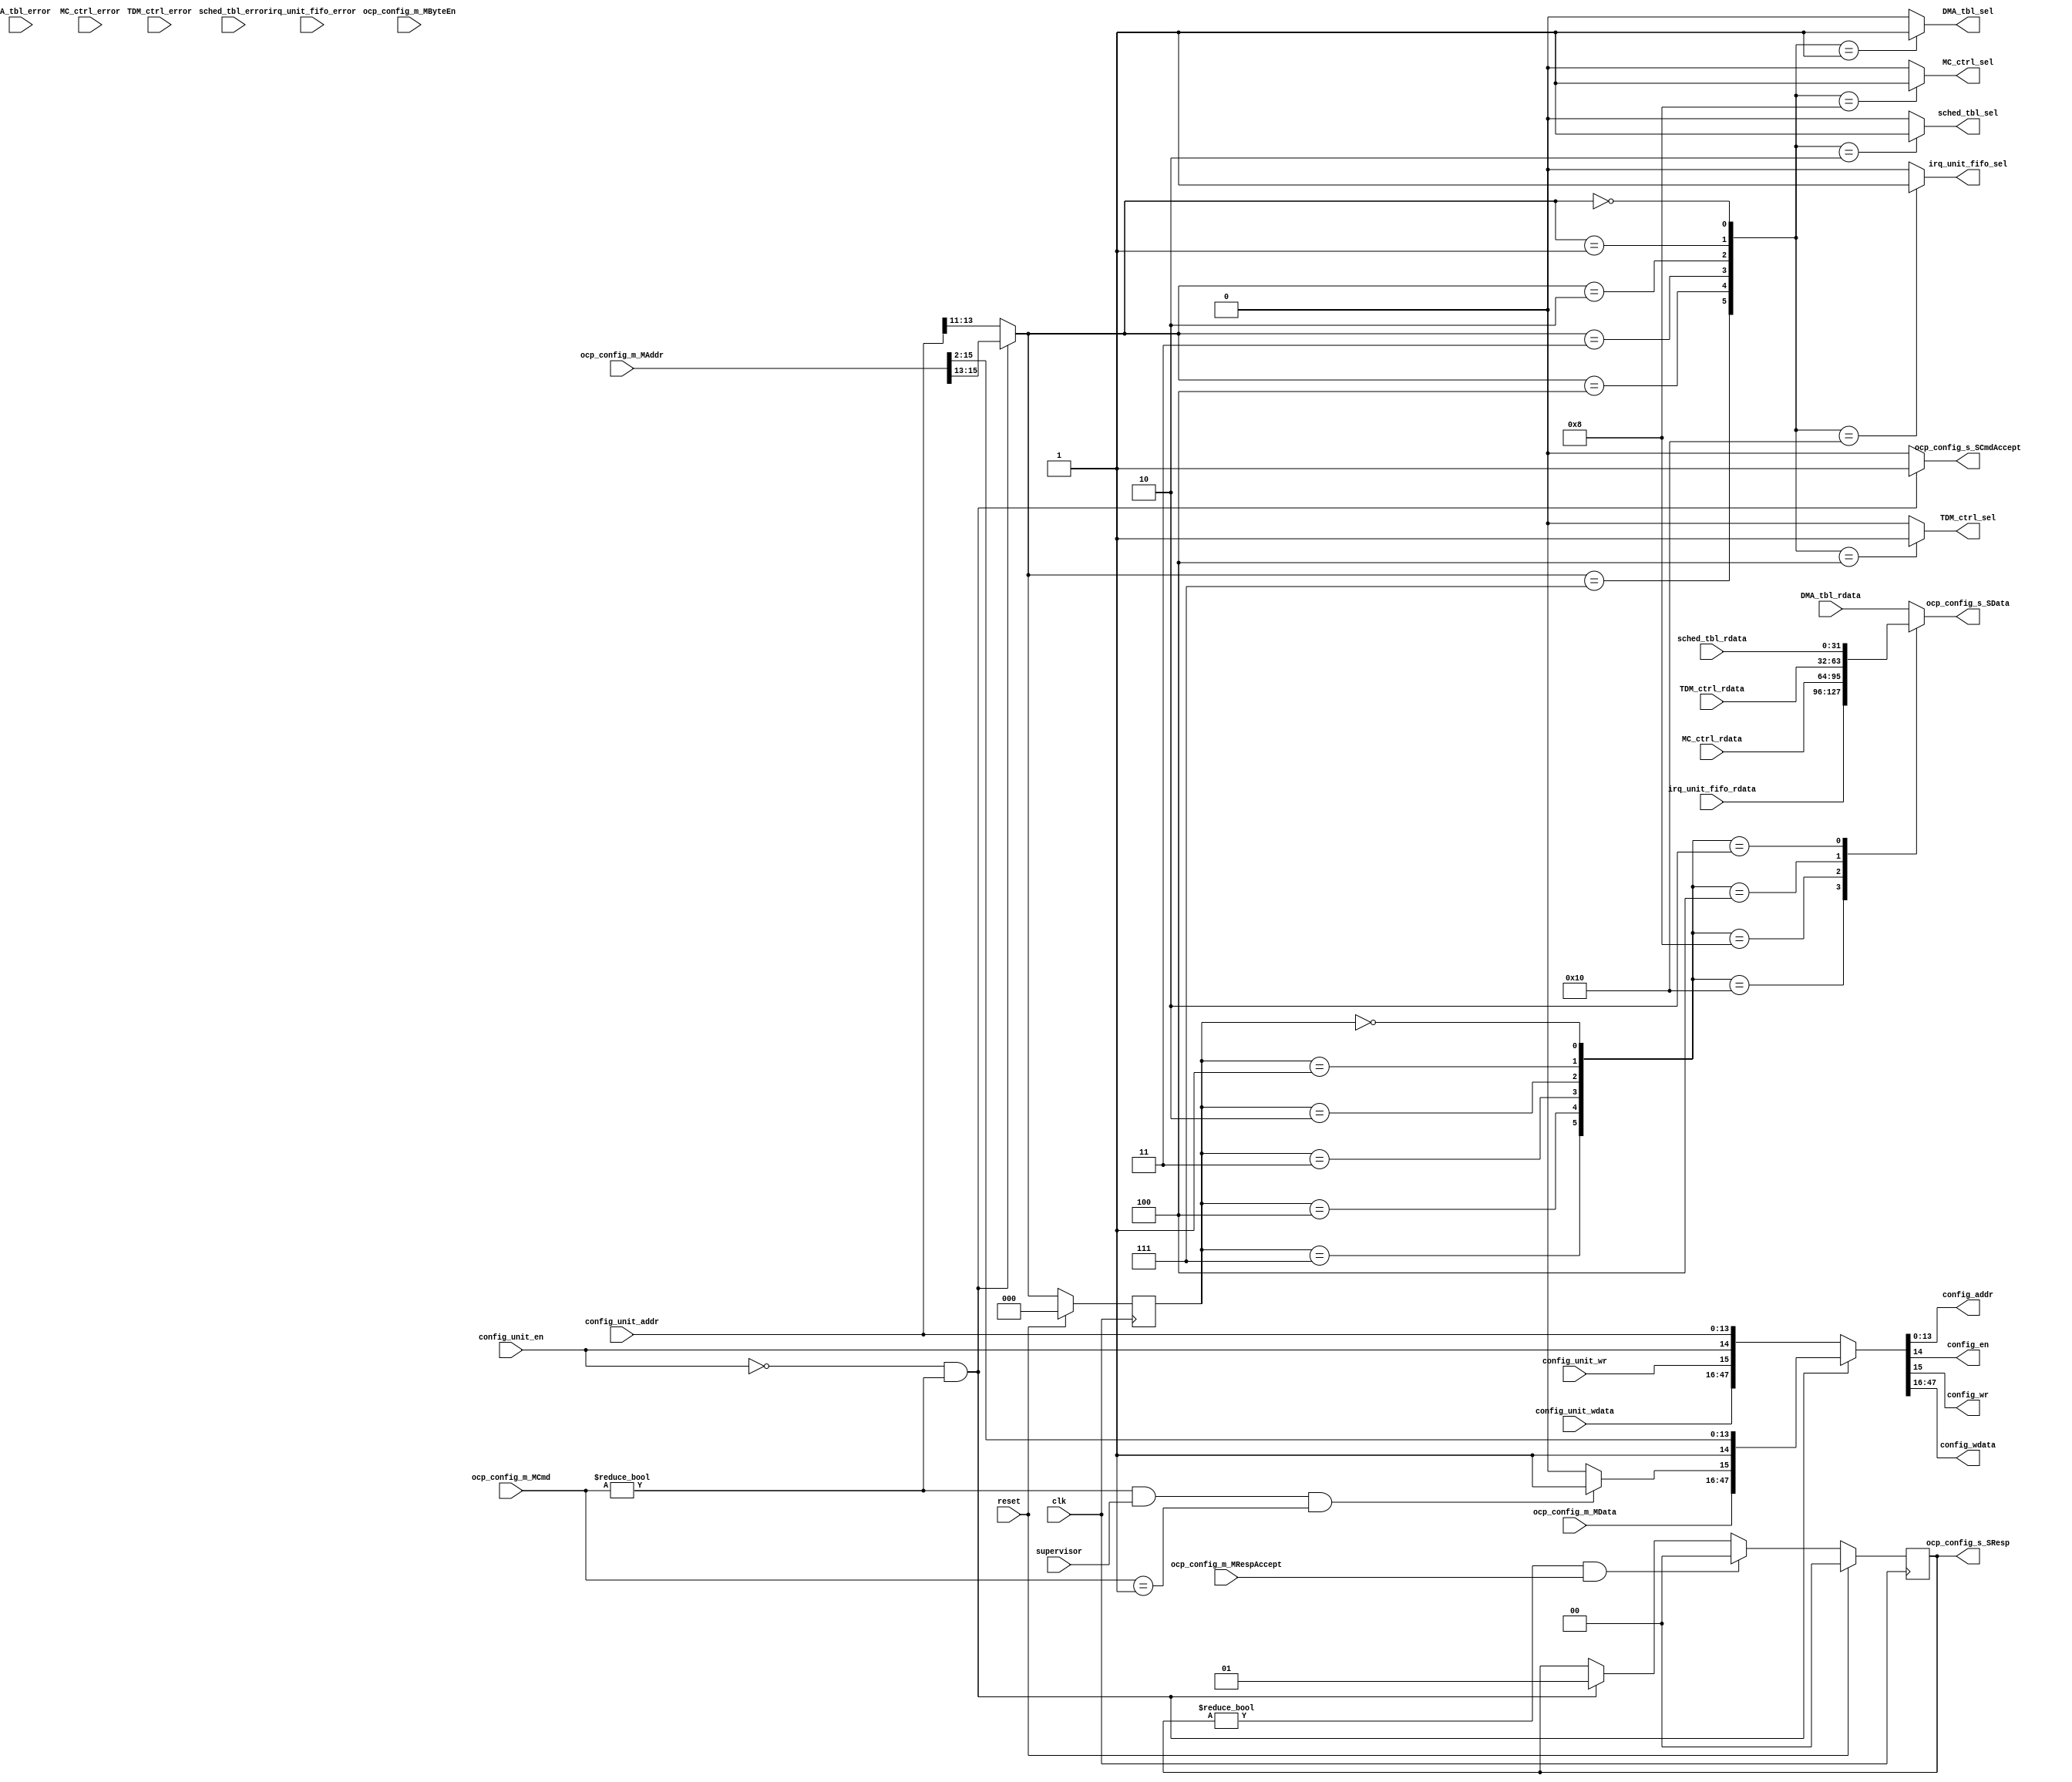
module config_bus
  (input  clk,
   input  reset,
   input  [2:0] ocp_config_m_MCmd,
   input  [31:0] ocp_config_m_MAddr,
   input  [31:0] ocp_config_m_MData,
   input  [3:0] ocp_config_m_MByteEn,
   input  ocp_config_m_MRespAccept,
   input  supervisor,
   input  [13:0] config_unit_addr,
   input  config_unit_en,
   input  config_unit_wr,
   input  [31:0] config_unit_wdata,
   input  [31:0] TDM_ctrl_rdata,
   input  TDM_ctrl_error,
   input  [31:0] sched_tbl_rdata,
   input  sched_tbl_error,
   input  [31:0] DMA_tbl_rdata,
   input  DMA_tbl_error,
   input  [31:0] MC_ctrl_rdata,
   input  MC_ctrl_error,
   input  [31:0] irq_unit_fifo_rdata,
   input  irq_unit_fifo_error,
   output [1:0] ocp_config_s_SResp,
   output [31:0] ocp_config_s_SData,
   output ocp_config_s_SCmdAccept,
   output [13:0] config_addr,
   output config_en,
   output config_wr,
   output [31:0] config_wdata,
   output TDM_ctrl_sel,
   output sched_tbl_sel,
   output DMA_tbl_sel,
   output MC_ctrl_sel,
   output irq_unit_fifo_sel);
  wire [71:0] n0_o;
  wire [1:0] n2_o;
  wire [31:0] n3_o;
  wire n4_o;
  wire [47:0] n5_o;
  wire [13:0] n7_o;
  wire n8_o;
  wire n9_o;
  wire [31:0] n10_o;
  wire [32:0] n11_o;
  wire [32:0] n13_o;
  wire [32:0] n15_o;
  wire [32:0] n17_o;
  wire [32:0] n19_o;
  wire [1:0] next_ocp_resp;
  wire [1:0] ocp_resp_reg;
  wire [2:0] bank_id;
  wire [2:0] prev_bank_id;
  wire [31:0] n22_o;
  wire [2:0] n24_o;
  wire [13:0] n25_o;
  wire n26_o;
  wire n27_o;
  wire [31:0] n28_o;
  wire n29_o;
  wire n30_o;
  wire [2:0] n31_o;
  wire n33_o;
  wire n34_o;
  wire [31:0] n36_o;
  wire [2:0] n37_o;
  wire [13:0] n38_o;
  wire [2:0] n41_o;
  wire n43_o;
  wire n44_o;
  wire [2:0] n45_o;
  wire n47_o;
  wire n49_o;
  wire n50_o;
  wire n51_o;
  wire [47:0] n52_o;
  wire [47:0] n53_o;
  wire [47:0] n54_o;
  wire [1:0] n56_o;
  wire [2:0] n57_o;
  wire n59_o;
  wire n60_o;
  wire n61_o;
  wire [1:0] n63_o;
  wire n72_o;
  wire n74_o;
  wire n76_o;
  wire n78_o;
  wire n80_o;
  wire n82_o;
  wire [5:0] n83_o;
  reg n86_o;
  reg n90_o;
  reg n94_o;
  reg n98_o;
  reg n102_o;
  wire [31:0] n104_o;
  wire n106_o;
  wire [31:0] n107_o;
  wire n109_o;
  wire [31:0] n110_o;
  wire n112_o;
  wire [31:0] n113_o;
  wire n115_o;
  wire [31:0] n116_o;
  wire n118_o;
  wire n120_o;
  wire [5:0] n121_o;
  reg [31:0] n122_o;
  wire [1:0] n127_o;
  wire [2:0] n129_o;
  reg [1:0] n133_q;
  reg [2:0] n134_q;
  wire [34:0] n135_o;
  assign ocp_config_s_SResp = n2_o;
  assign ocp_config_s_SData = n3_o;
  assign ocp_config_s_SCmdAccept = n4_o;
  assign config_addr = n7_o;
  assign config_en = n8_o;
  assign config_wr = n9_o;
  assign config_wdata = n10_o;
  assign TDM_ctrl_sel = n86_o;
  assign sched_tbl_sel = n90_o;
  assign DMA_tbl_sel = n94_o;
  assign MC_ctrl_sel = n98_o;
  assign irq_unit_fifo_sel = n102_o;
  assign n0_o = {ocp_config_m_MRespAccept, ocp_config_m_MByteEn, ocp_config_m_MData, ocp_config_m_MAddr, ocp_config_m_MCmd};
  assign n2_o = n135_o[1:0];
  assign n3_o = n135_o[33:2];
  assign n4_o = n135_o[34];
  assign n5_o = {config_unit_wdata, config_unit_wr, config_unit_en, config_unit_addr};
  assign n7_o = n54_o[13:0];
  assign n8_o = n54_o[14];
  assign n9_o = n54_o[15];
  assign n10_o = n54_o[47:16];
  assign n11_o = {TDM_ctrl_error, TDM_ctrl_rdata};
  assign n13_o = {sched_tbl_error, sched_tbl_rdata};
  assign n15_o = {DMA_tbl_error, DMA_tbl_rdata};
  assign n17_o = {MC_ctrl_error, MC_ctrl_rdata};
  assign n19_o = {irq_unit_fifo_error, irq_unit_fifo_rdata};
  /* ni/config_bus.vhd:88:8  */
  assign next_ocp_resp = n63_o; // (signal)
  /* ni/config_bus.vhd:88:23  */
  assign ocp_resp_reg = n133_q; // (signal)
  /* ni/config_bus.vhd:89:8  */
  assign bank_id = n57_o; // (signal)
  /* ni/config_bus.vhd:89:17  */
  assign prev_bank_id = n134_q; // (signal)
  /* ni/config_bus.vhd:105:55  */
  assign n22_o = n15_o[31:0];
  /* ni/config_bus.vhd:108:30  */
  assign n24_o = n5_o[13:11];
  /* ni/config_bus.vhd:110:30  */
  assign n25_o = n5_o[13:0];
  /* ni/config_bus.vhd:111:28  */
  assign n26_o = n5_o[14];
  /* ni/config_bus.vhd:112:28  */
  assign n27_o = n5_o[15];
  /* ni/config_bus.vhd:113:31  */
  assign n28_o = n5_o[47:16];
  /* ni/config_bus.vhd:120:18  */
  assign n29_o = n5_o[14];
  /* ni/config_bus.vhd:120:21  */
  assign n30_o = ~n29_o;
  /* ni/config_bus.vhd:120:44  */
  assign n31_o = n0_o[2:0];
  /* ni/config_bus.vhd:120:49  */
  assign n33_o = n31_o != 3'b000;
  /* ni/config_bus.vhd:120:27  */
  assign n34_o = n30_o & n33_o;
  /* ni/config_bus.vhd:124:66  */
  assign n36_o = n0_o[66:35];
  /* ni/config_bus.vhd:126:43  */
  assign n37_o = n0_o[18:16];
  /* ni/config_bus.vhd:129:47  */
  assign n38_o = n0_o[18:5];
  /* ni/config_bus.vhd:134:21  */
  assign n41_o = n0_o[2:0];
  /* ni/config_bus.vhd:134:26  */
  assign n43_o = n41_o != 3'b000;
  /* ni/config_bus.vhd:134:42  */
  assign n44_o = n43_o & supervisor;
  /* ni/config_bus.vhd:135:21  */
  assign n45_o = n0_o[2:0];
  /* ni/config_bus.vhd:135:26  */
  assign n47_o = n45_o == 3'b001;
  /* ni/config_bus.vhd:134:5  */
  assign n49_o = n50_o ? 1'b1 : 1'b0;
  /* ni/config_bus.vhd:134:5  */
  assign n50_o = n44_o & n47_o;
  /* ni/config_bus.vhd:120:3  */
  assign n51_o = n34_o ? 1'b1 : 1'b0;
  assign n52_o = {n36_o, n49_o, 1'b1, n38_o};
  assign n53_o = {n28_o, n27_o, n26_o, n25_o};
  /* ni/config_bus.vhd:120:3  */
  assign n54_o = n34_o ? n52_o : n53_o;
  /* ni/config_bus.vhd:120:3  */
  assign n56_o = n34_o ? 2'b01 : ocp_resp_reg;
  /* ni/config_bus.vhd:120:3  */
  assign n57_o = n34_o ? n37_o : n24_o;
  /* ni/config_bus.vhd:161:20  */
  assign n59_o = ocp_resp_reg != 2'b00;
  /* ni/config_bus.vhd:161:56  */
  assign n60_o = n0_o[71];
  /* ni/config_bus.vhd:161:38  */
  assign n61_o = n59_o & n60_o;
  /* ni/config_bus.vhd:161:3  */
  assign n63_o = n61_o ? 2'b00 : n56_o;
  /* ni/config_bus.vhd:177:5  */
  assign n72_o = bank_id == 3'b000;
  /* ni/config_bus.vhd:179:5  */
  assign n74_o = bank_id == 3'b001;
  /* ni/config_bus.vhd:181:5  */
  assign n76_o = bank_id == 3'b010;
  /* ni/config_bus.vhd:183:5  */
  assign n78_o = bank_id == 3'b011;
  /* ni/config_bus.vhd:185:5  */
  assign n80_o = bank_id == 3'b100;
  /* ni/config_bus.vhd:187:5  */
  assign n82_o = bank_id == 3'b111;
  assign n83_o = {n82_o, n80_o, n78_o, n76_o, n74_o, n72_o};
  /* ni/config_bus.vhd:176:3  */
  always @*
    case (n83_o)
      6'b100000: n86_o <= 1'b0;
      6'b010000: n86_o <= 1'b0;
      6'b001000: n86_o <= 1'b0;
      6'b000100: n86_o <= 1'b1;
      6'b000010: n86_o <= 1'b0;
      6'b000001: n86_o <= 1'b0;
      default: n86_o <= 1'b0;
    endcase
  /* ni/config_bus.vhd:176:3  */
  always @*
    case (n83_o)
      6'b100000: n90_o <= 1'b0;
      6'b010000: n90_o <= 1'b0;
      6'b001000: n90_o <= 1'b0;
      6'b000100: n90_o <= 1'b0;
      6'b000010: n90_o <= 1'b1;
      6'b000001: n90_o <= 1'b0;
      default: n90_o <= 1'b0;
    endcase
  /* ni/config_bus.vhd:176:3  */
  always @*
    case (n83_o)
      6'b100000: n94_o <= 1'b0;
      6'b010000: n94_o <= 1'b0;
      6'b001000: n94_o <= 1'b0;
      6'b000100: n94_o <= 1'b0;
      6'b000010: n94_o <= 1'b0;
      6'b000001: n94_o <= 1'b1;
      default: n94_o <= 1'b0;
    endcase
  /* ni/config_bus.vhd:176:3  */
  always @*
    case (n83_o)
      6'b100000: n98_o <= 1'b0;
      6'b010000: n98_o <= 1'b0;
      6'b001000: n98_o <= 1'b1;
      6'b000100: n98_o <= 1'b0;
      6'b000010: n98_o <= 1'b0;
      6'b000001: n98_o <= 1'b0;
      default: n98_o <= 1'b0;
    endcase
  /* ni/config_bus.vhd:176:3  */
  always @*
    case (n83_o)
      6'b100000: n102_o <= 1'b0;
      6'b010000: n102_o <= 1'b1;
      6'b001000: n102_o <= 1'b0;
      6'b000100: n102_o <= 1'b0;
      6'b000010: n102_o <= 1'b0;
      6'b000001: n102_o <= 1'b0;
      default: n102_o <= 1'b0;
    endcase
  /* ni/config_bus.vhd:194:59  */
  assign n104_o = n15_o[31:0];
  /* ni/config_bus.vhd:193:5  */
  assign n106_o = prev_bank_id == 3'b000;
  /* ni/config_bus.vhd:196:61  */
  assign n107_o = n13_o[31:0];
  /* ni/config_bus.vhd:195:5  */
  assign n109_o = prev_bank_id == 3'b001;
  /* ni/config_bus.vhd:198:60  */
  assign n110_o = n11_o[31:0];
  /* ni/config_bus.vhd:197:5  */
  assign n112_o = prev_bank_id == 3'b010;
  /* ni/config_bus.vhd:200:59  */
  assign n113_o = n17_o[31:0];
  /* ni/config_bus.vhd:199:5  */
  assign n115_o = prev_bank_id == 3'b011;
  /* ni/config_bus.vhd:202:65  */
  assign n116_o = n19_o[31:0];
  /* ni/config_bus.vhd:201:5  */
  assign n118_o = prev_bank_id == 3'b100;
  /* ni/config_bus.vhd:203:5  */
  assign n120_o = prev_bank_id == 3'b111;
  assign n121_o = {n120_o, n118_o, n115_o, n112_o, n109_o, n106_o};
  /* ni/config_bus.vhd:192:3  */
  always @*
    case (n121_o)
      6'b100000: n122_o <= n22_o;
      6'b010000: n122_o <= n116_o;
      6'b001000: n122_o <= n113_o;
      6'b000100: n122_o <= n110_o;
      6'b000010: n122_o <= n107_o;
      6'b000001: n122_o <= n104_o;
      default: n122_o <= n22_o;
    endcase
  /* ni/config_bus.vhd:215:7  */
  assign n127_o = reset ? 2'b00 : next_ocp_resp;
  /* ni/config_bus.vhd:215:7  */
  assign n129_o = reset ? 3'b000 : bank_id;
  /* ni/config_bus.vhd:214:5  */
  always @(posedge clk)
    n133_q <= n127_o;
  /* ni/config_bus.vhd:214:5  */
  always @(posedge clk)
    n134_q <= n129_o;
  /* ni/config_bus.vhd:214:5  */
  assign n135_o = {n51_o, n122_o, ocp_resp_reg};
endmodule